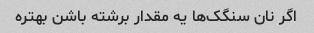
اگر نان سنگک‌ها یه مقدار برشته باشن بهتره